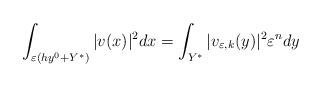
LaTeX: \begin{align*}\int_{\varepsilon(hy^{0}+ Y^{\ast})} \vert v(x)\vert^{2} dx = \int_{Y^{\ast}}\vert v_{\varepsilon, k}(y)\vert^{2} \varepsilon^{n} dy\end{align*}